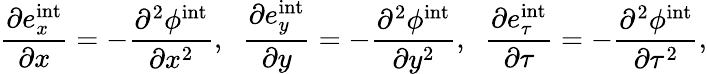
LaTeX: \frac{\partial e_{x}^{\mathrm{int}}}{\partial x}=-\frac{\partial^{2}\phi^{\mathrm{int}}}{\partial x^{2}},\; \; \frac{\partial e_{y}^{\mathrm{int}}}{\partial y}=-\frac{\partial^{2}\phi^{\mathrm{int}}}{\partial y^{2}},\; \; \frac{\partial e_{\tau}^{\mathrm{int}}}{\partial\tau}=-\frac{\partial^{2}\phi^{\mathrm{int}}}{\partial\tau^{2}},